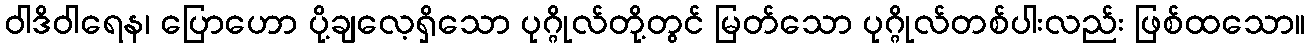
ဝါဒိဝါရေန၊ ပြောဟော ပို့ချလေ့ရှိသော ပုဂ္ဂိုလ်တို့တွင် မြတ်သော ပုဂ္ဂိုလ်တစ်ပါးလည်း ဖြစ်ထသော။